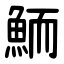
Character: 鮞